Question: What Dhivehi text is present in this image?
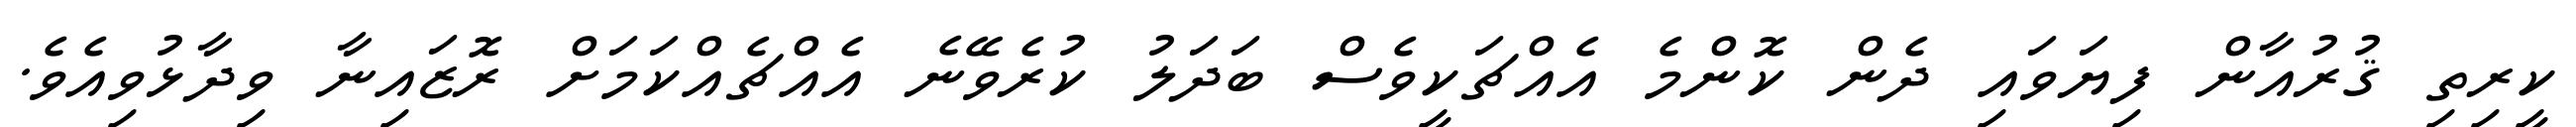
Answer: ކީރިތި ޤުރުއާން ފިޔަވައި ދެން ކޮންމެ އެއްޗަކީވެސް ބަދަލު ކުރެވޭނެ އެއްޗެއްކަމަށް ރޮޒައިނާ ވިދާޅުވިއެވެ.